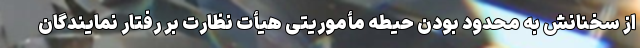
از سخنانش به محدود بودن حیطه مأموریتی هیأت نظارت بر رفتار نمایندگان